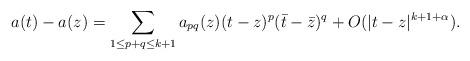
LaTeX: \begin{align*}a(t)-a(z)=\sum_{1\le p+q\le k+1}a_{pq}(z)(t-z)^p(\bar t-\bar z)^q+O(|t-z|^{k+1+\alpha}).\end{align*}